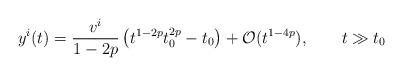
LaTeX: \begin{align*} y^i(t) =\frac{v^i}{1-2p}\left(t^{1-2p}t_0^{2p} - t_0 \right) + {\cal O}(t^{1-4p}), \qquad t \gg t_0\end{align*}